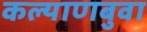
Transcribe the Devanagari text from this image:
कल्याणबुवा